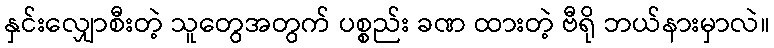
နှင်းလျှောစီးတဲ့ သူတွေအတွက် ပစ္စည်း ခဏ ထားတဲ့ ဗီရို ဘယ်နားမှာလဲ။